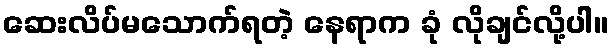
ဆေးလိပ်မသောက်ရတဲ့ နေရာက ခုံ လိုချင်လို့ပါ။